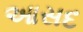
આસદ